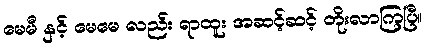
မေမီ နှင့် မေမေ လည်း ရာထူး အဆင့်ဆင့် တိုးလာကြပြီ။